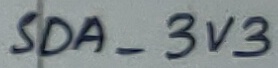
Text: SDA_3V3